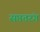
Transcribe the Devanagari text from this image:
सप्ततरंग